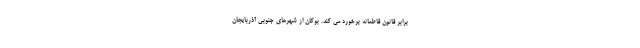
برابر قانون قاطعانه برخورد می کند. بوکان از شهرهای جنوبی آذربایجان